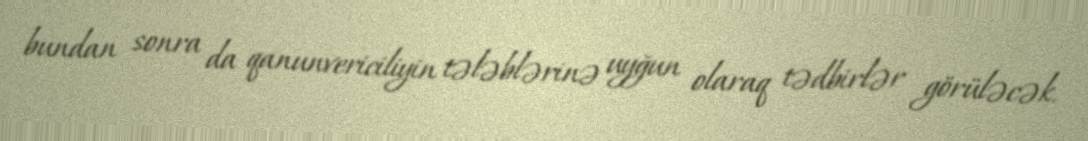
bundan sonra da qanunvericiliyin tələblərinə uyğun olaraq tədbirlər görüləcək.